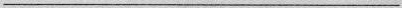
___